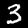
Label: 3